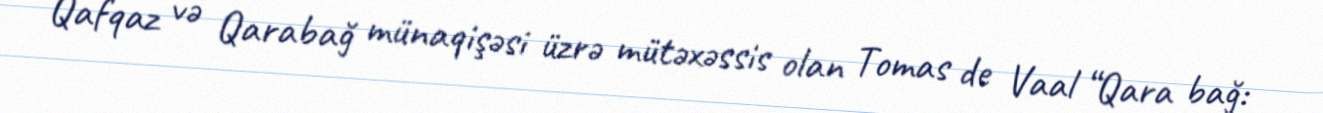
Qafqaz və Qarabağ münaqişəsi üzrə mütəxəssis olan Tomas de Vaal “Qara bağ: